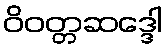
ဝိဝတ္တဆဒ္ဒေါ